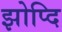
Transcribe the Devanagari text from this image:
झोप्दि